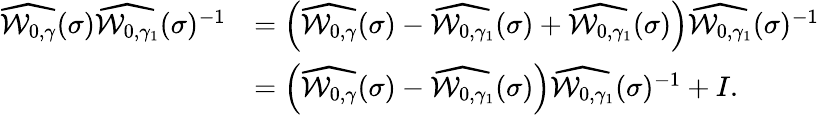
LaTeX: \begin{array}{rl}{\widehat{\mathcal{W}_{0,\gamma}}(\sigma)\widehat{\mathcal{W}_{0,\gamma_{1}}}(\sigma)^{-1}}&{=\Big(\widehat{\mathcal{W}_{0,\gamma}}(\sigma)-\widehat{\mathcal{W}_{0,\gamma_{1}}}(\sigma)+\widehat{\mathcal{W}_{0,\gamma_{1}}}(\sigma)\Big)\widehat{\mathcal{W}_{0,\gamma_{1}}}(\sigma)^{-1}}\\ &{=\Big(\widehat{\mathcal{W}_{0,\gamma}}(\sigma)-\widehat{\mathcal{W}_{0,\gamma_{1}}}(\sigma)\Big)\widehat{\mathcal{W}_{0,\gamma_{1}}}(\sigma)^{-1}+I.}\end{array}